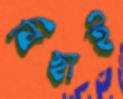
বিছাই